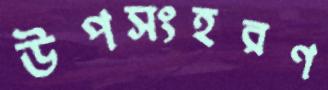
উপসংহরণ